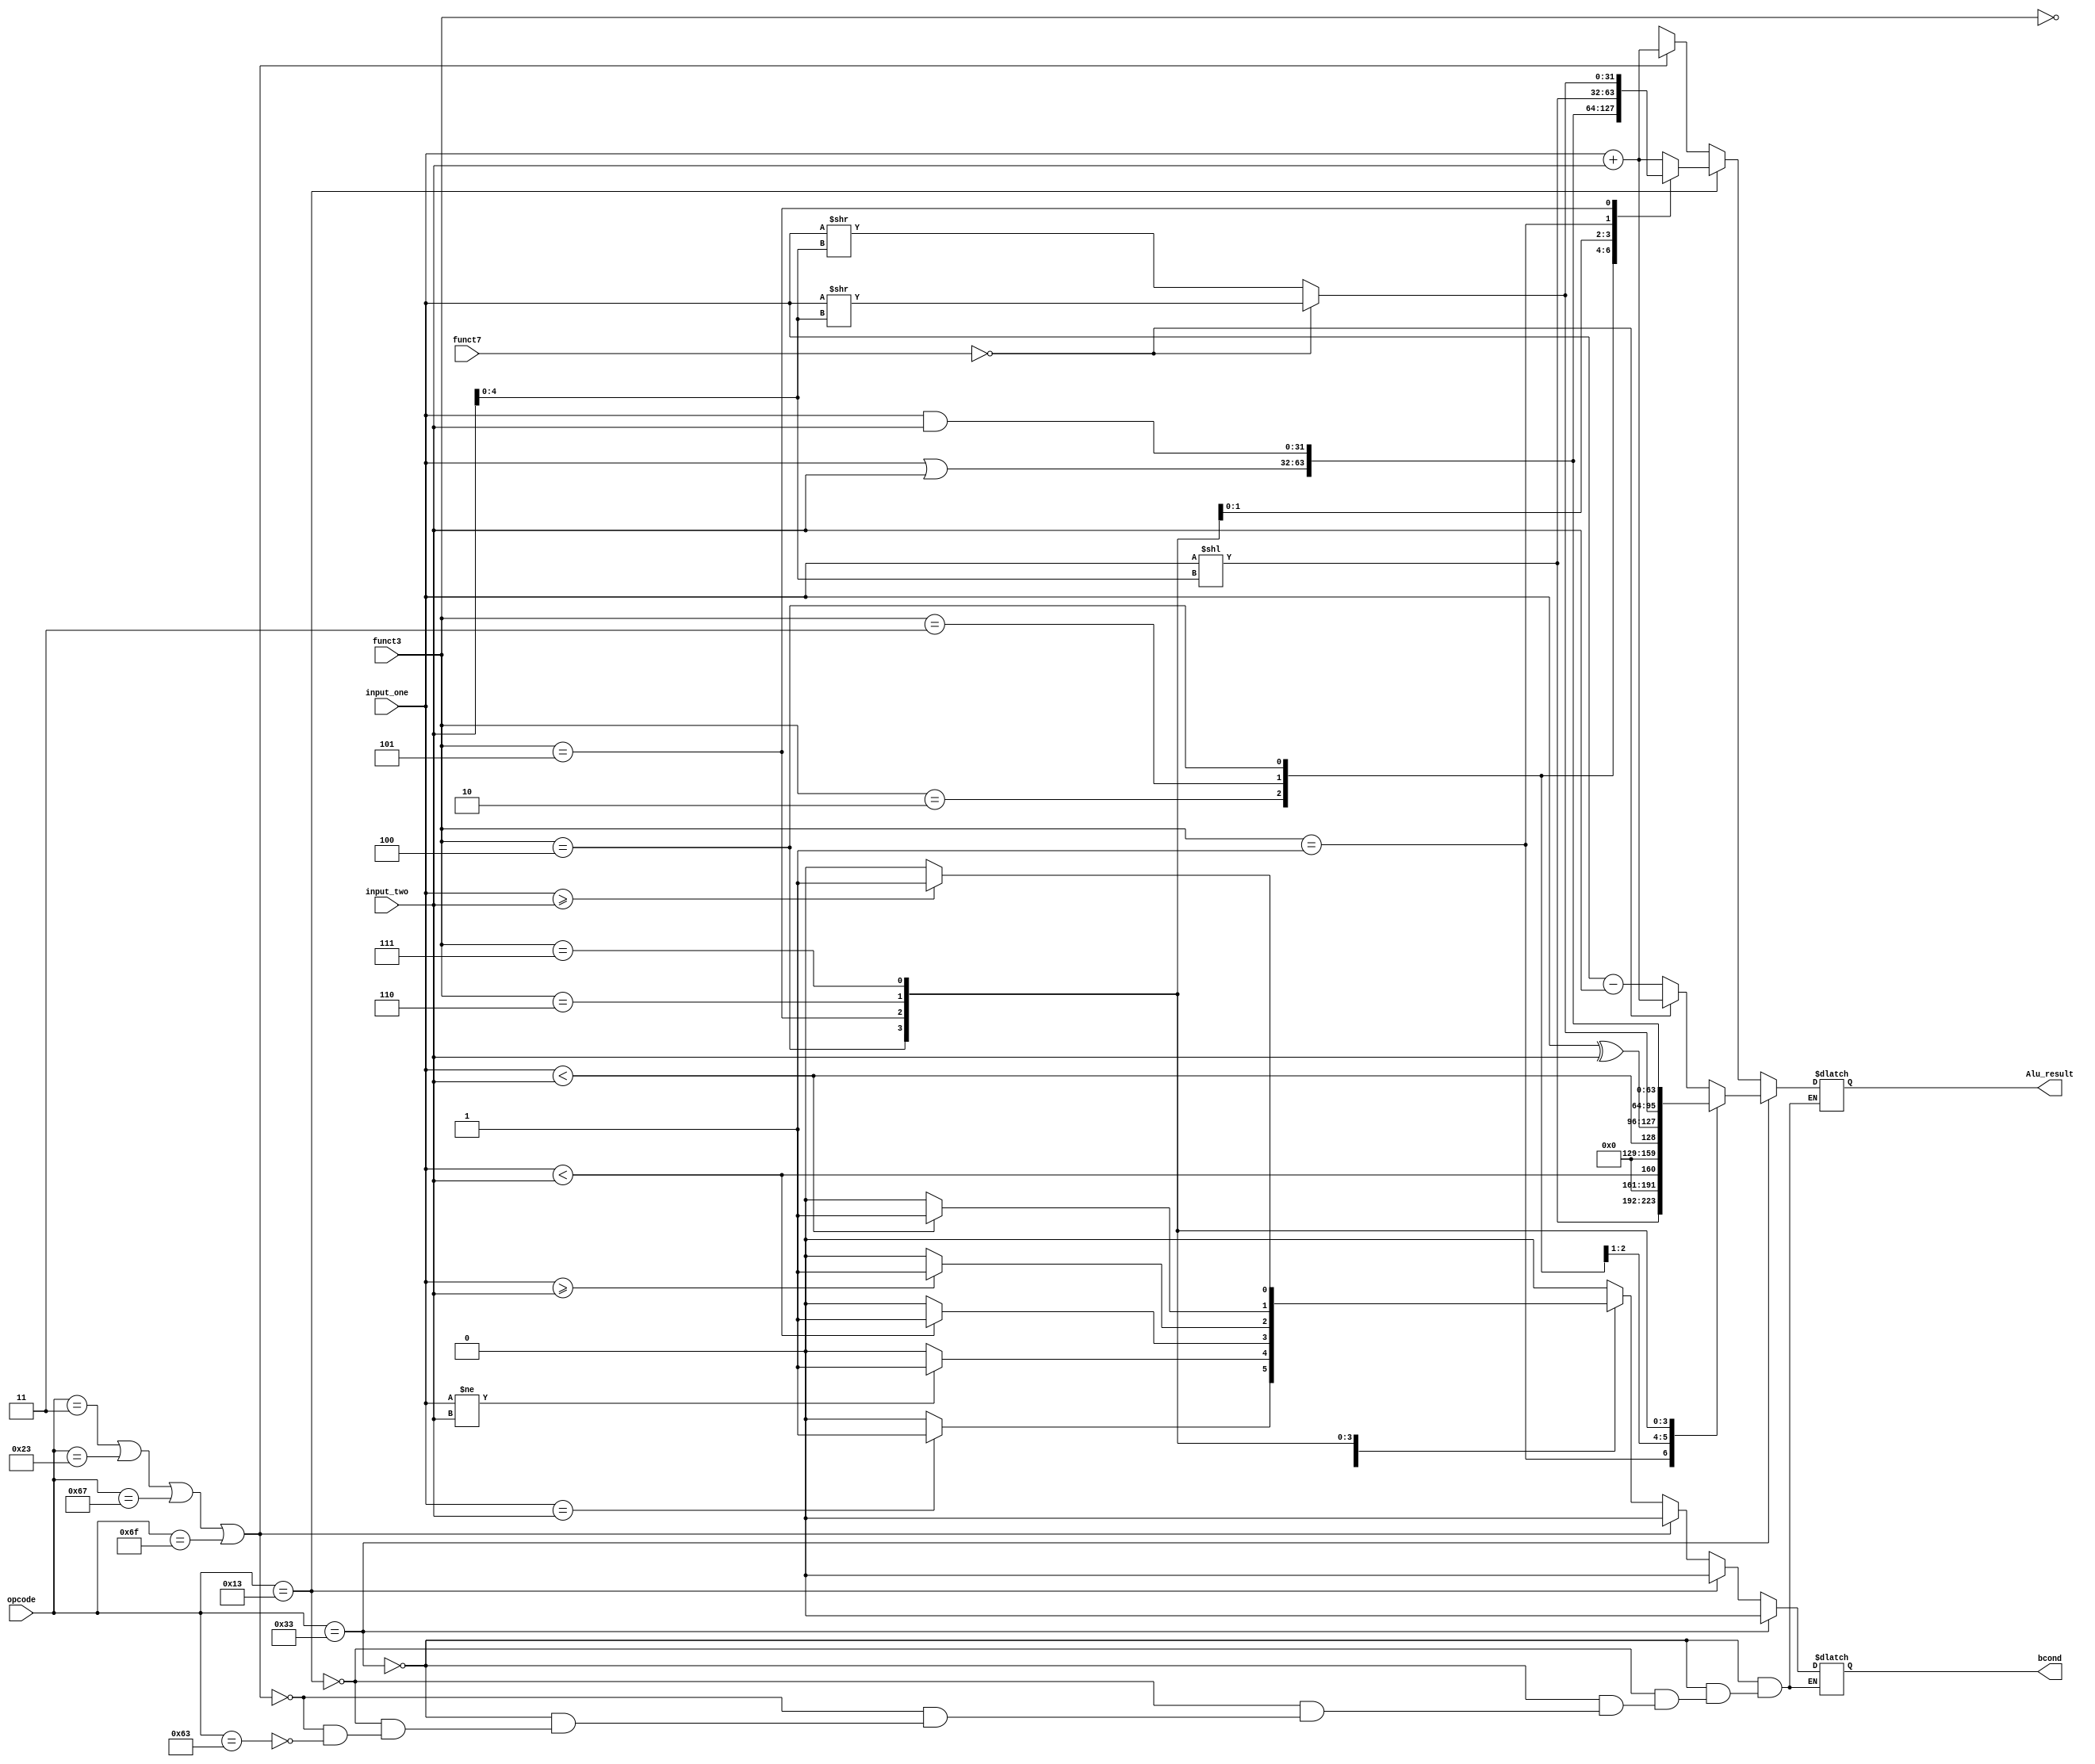

module ALU(input_one,input_two,opcode,funct3,funct7,Alu_result,bcond);
  input [31:0] input_one,input_two;
  input [6:0] opcode,funct7;
  input [2:0] funct3;
  output reg [31:0] Alu_result;
  output reg bcond;
  reg signed [31:0] Alu_in1,Alu_in2;
  reg  [31:0] input_o,input_tw;
  reg [6:0] opcod,funct72;
  reg [2:0] funct32;
  
  always @(opcode)
    opcod = opcode;
  always @(funct3)
    funct32 = funct3;
  always @(funct7)
    funct72 = funct7;
  
   always @(input_one) begin
  Alu_in1 = input_one;
  input_o = input_one;
   end
   
   always @(input_two) begin
    Alu_in2 = input_two;
    input_tw = input_two;
   end
 
  always @(*) begin

    if (opcod == 7'b0110011) begin // R-type 
      bcond = 0;
      case(funct32)
        3'b000: begin // add and subtract
          if (funct72 == 0)
             Alu_result = Alu_in1 + Alu_in2;
          else
            Alu_result = Alu_in1 - Alu_in2;

        end
        
        3'b001: // left shift logical
          Alu_result = (input_o << input_tw[4:0]);
        3'b010: // Set less than
          Alu_result = (Alu_in1 < Alu_in2);
        3'b011:// Set less than unsigned
          Alu_result = (input_o < input_tw);
        3'b100: // xor
          Alu_result = (input_o ^ input_tw);
        3'b101: begin // SRL and SRA
          if (funct72 == 0) // SRL
            Alu_result = (input_o >> input_tw[4:0]);
          else
            Alu_result = (Alu_in1 >> input_tw[4:0]);
        end
        3'b110: // OR
          Alu_result = (input_o | input_tw);
        3'b111://AND
          Alu_result = (input_o & input_tw);
       endcase
     end // if -end
   
    else if (opcod == 7'b0010011) begin // immediates but doesnt include load
      bcond = 0;
      case(funct32)
        3'b000: //ADDI
          Alu_result  = (Alu_in1 + Alu_in2);
        3'b010: // SLTI
          Alu_result = (Alu_in1 < Alu_in2);
        3'b011: // SLTIU
          Alu_result = (input_o < input_tw);
        3'b100: // xori
          Alu_result = (input_o ^ input_tw);
        3'b110: // ORI
          Alu_result = (input_o | input_tw);
        3'b111://ANDI
          Alu_result = (input_o & input_tw);
        3'b001: //SLLI, take care of the sign extending part ** tricky
          Alu_result = (input_o << input_tw[4:0]); // shamt
        3'b101: //SRLI , this are also tricky, funct7 and ahmt look at the manual when giving value
          begin
            if (funct72 ==0)
              Alu_result = (input_o >> input_tw[4:0]); // shamt
            else
              Alu_result = (Alu_in1 >> input_tw[4:0]);//shamt
          end

      endcase
       end // end else if

   
    else if(opcod == 7'b0000011 || opcod == 7'b0100011 || opcod == 7'b1100111 || opcod == 7'b1101111) // load or store or JALR or JAL
        begin
        bcond = 0;
        Alu_result = Alu_in1 + Alu_in2;
        end // else if end
    else if (opcod == 7'b1100011) begin // branch
      Alu_result = 32'bx;
      case(funct32)
        3'b000: begin // BEQ
          if (Alu_in1 == Alu_in2)
            bcond = 1;
          else
            bcond = 0;
        end
        3'b001: begin // BNE
          if (Alu_in1 != Alu_in2)
            bcond = 1;
          else
            bcond = 0;
        end
        3'b100: begin // BLT
          if (Alu_in1 < Alu_in2)
            bcond = 1;
          else
            bcond = 0;
        end
        3'b101: begin // BGE
          if (Alu_in1 >= Alu_in2)
            bcond = 1;
          else
            bcond = 0;
        end
        3'b110: begin // BLTU
          if (input_o < input_tw)
            bcond = 1;
          else
            bcond = 0;
        end
        3'b111: begin // BGEU
          if (input_o >= input_tw)
            bcond = 1;
          else
            bcond = 0;
        end
        default: bcond = 0;

      endcase
    end // else if end
        end // always - end

endmodule